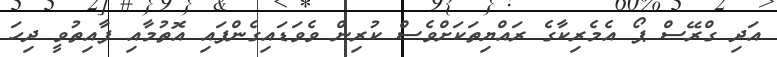
އަދި ގްރޭސް ޕޯ އެމެރިކާގެ ރައްޔިތަކަށްވެސް ކުރިން ވެވަޑައިގެންފައި އޮތުމާއި ފާއިތުވީ ދިހަ